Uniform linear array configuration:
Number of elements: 4
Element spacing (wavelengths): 0.25
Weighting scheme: hamming
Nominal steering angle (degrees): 60
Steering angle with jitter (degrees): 60.464
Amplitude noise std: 0.05
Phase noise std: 0.05

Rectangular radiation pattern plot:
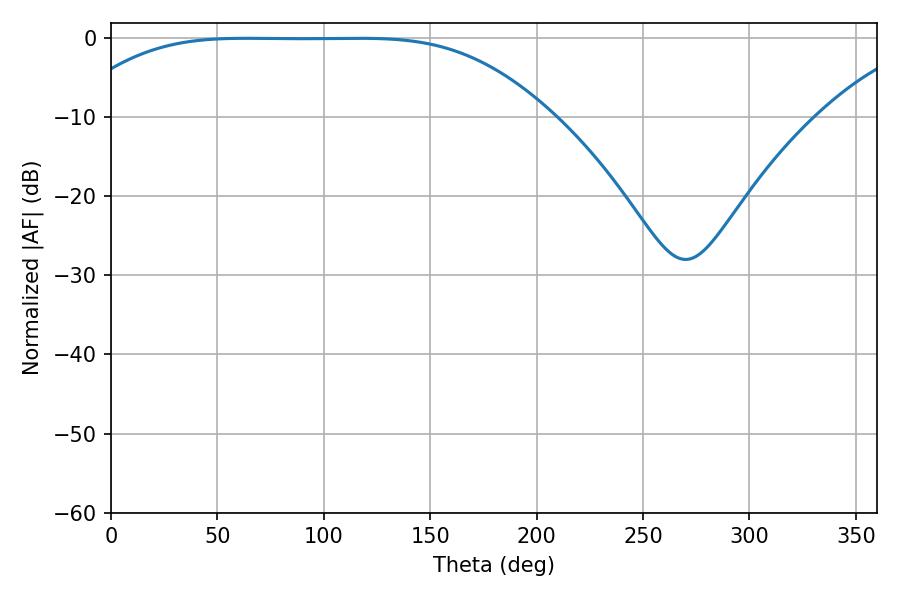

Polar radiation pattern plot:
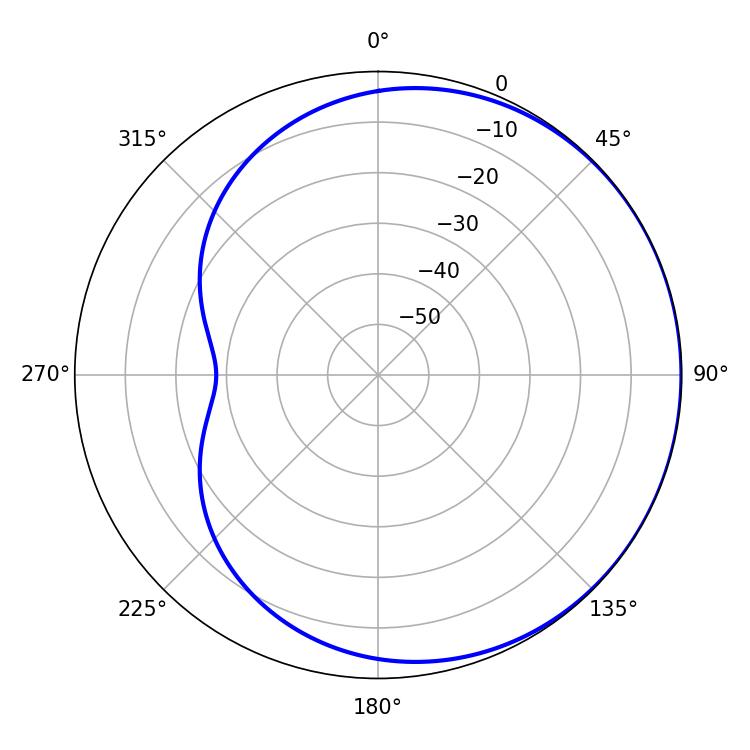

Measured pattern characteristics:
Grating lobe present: FALSE
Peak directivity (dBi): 0.453
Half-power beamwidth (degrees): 168.12
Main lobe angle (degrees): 63.72